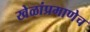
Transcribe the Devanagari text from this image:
खेळांप्रमाणेच